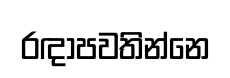
රඳාපවතින්නෙ